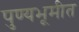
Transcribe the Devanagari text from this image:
पुण्यभूमीत